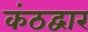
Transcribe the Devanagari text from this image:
कंठद्वार